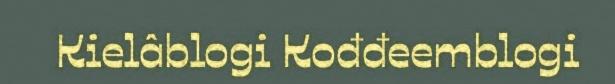
Kielâblogi Kođđeemblogi